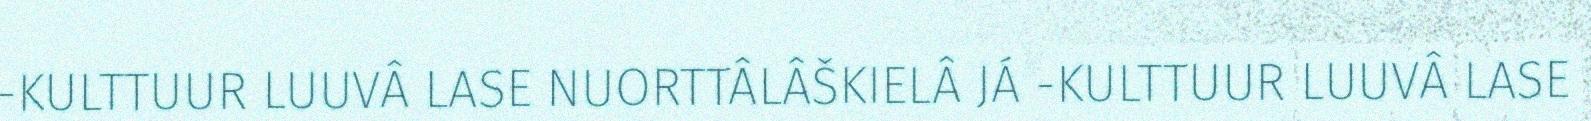
-KULTTUUR LUUVÂ LASE NUORTTÂLÂŠKIELÂ JÁ -KULTTUUR LUUVÂ LASE